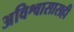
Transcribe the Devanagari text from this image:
अविश्वासासही